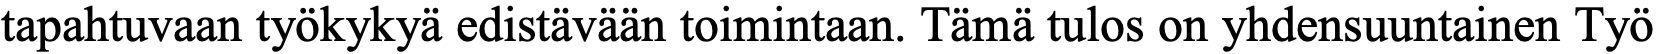
tapahtuvaan työkykyä edistävään toimintaan. Tämä tulos on yhdensuuntainen Työ